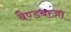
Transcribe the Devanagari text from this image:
बैण्डबाजा